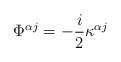
LaTeX: \begin{align*}\Phi^{\alpha j} = -\frac i 2 \kappa^{\alpha j}\end{align*}